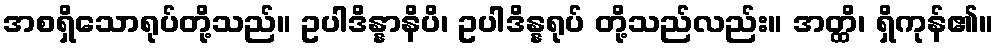
အစရှိသောရုပ်တို့သည်။ ဥပါဒိန္နာနိပိ၊ ဥပါဒိန္နရုပ် တို့သည်လည်း။ အတ္ထိ၊ ရှိကုန်၏။